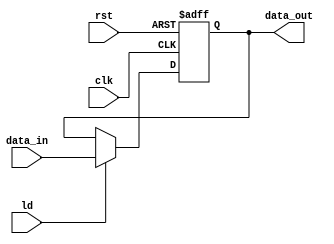
module Status_Register (clk, 
                        rst,
                        ld,
                        data_in,
                        data_out);

  input clk, 
        rst, 
        ld;
  input [3:0] data_in;

  output reg [3:0] data_out;
	
	always@(negedge clk, posedge rst) begin
		if (rst) data_out <= 0;
		else if (ld) data_out <= data_in;
	end
	
endmodule